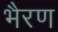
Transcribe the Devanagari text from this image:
भैरण